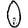
Digit: 0